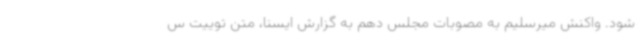
شود. واکنش میرسلیم به مصوبات مجلس دهم به گزارش ایسنا، متن توییت س